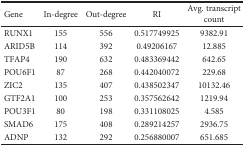
| Gene | In-degree | Out-degree | RI | Avg. transcript count |
 | --- | --- | --- | --- | --- |
 | RUNX1 | 155 | 556 | 0.517749925 | 9382.91 |
 | ARID5B | 114 | 392 | 0.49206167 | 12.885 |
 | TFAP4 | 190 | 632 | 0.483369442 | 642.65 |
 | POU6F1 | 87 | 268 | 0.442040072 | 229.68 |
 | ZIC2 | 135 | 407 | 0.438502347 | 10132.46 |
 | GTF2A1 | 100 | 253 | 0.357562642 | 1219.94 |
 | POU3F1 | 80 | 198 | 0.331108025 | 4.585 |
 | SMAD6 | 175 | 408 | 0.289214257 | 2936.75 |
 | ADNP | 132 | 292 | 0.256880007 | 651.685 |